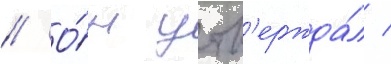
// О́н утв'ержда́л /